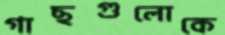
গাছগুলোকে